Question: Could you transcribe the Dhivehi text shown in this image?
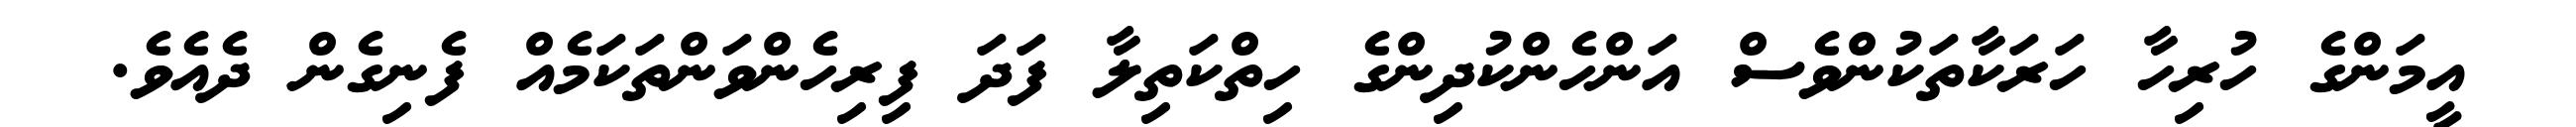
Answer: އީމަންގެ ހުރިހާ ހަރަކާތަކުންވެސް އަންހެންކުދިންގެ ހިތްކަތިލާ ފަދަ ފިރިހެންވަންތަކަމެއް ފެނިގެން ދެއެވެ.